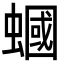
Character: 蟈